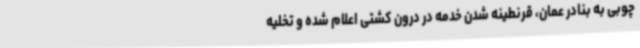
چوبی به بنادر عمان، قرنطینه شدن خدمه در درون کشتی اعلام شده و تخلیه